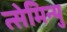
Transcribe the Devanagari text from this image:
त्सेमिन्यु